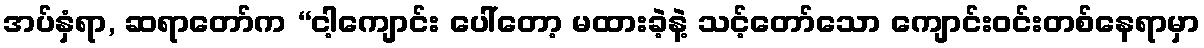
အပ်နှံရာ, ဆရာတော်က “ငါ့ကျောင်း ပေါ်တော့ မထားခဲ့နဲ့ သင့်တော်သော ကျောင်းဝင်းတစ်နေရာမှာ